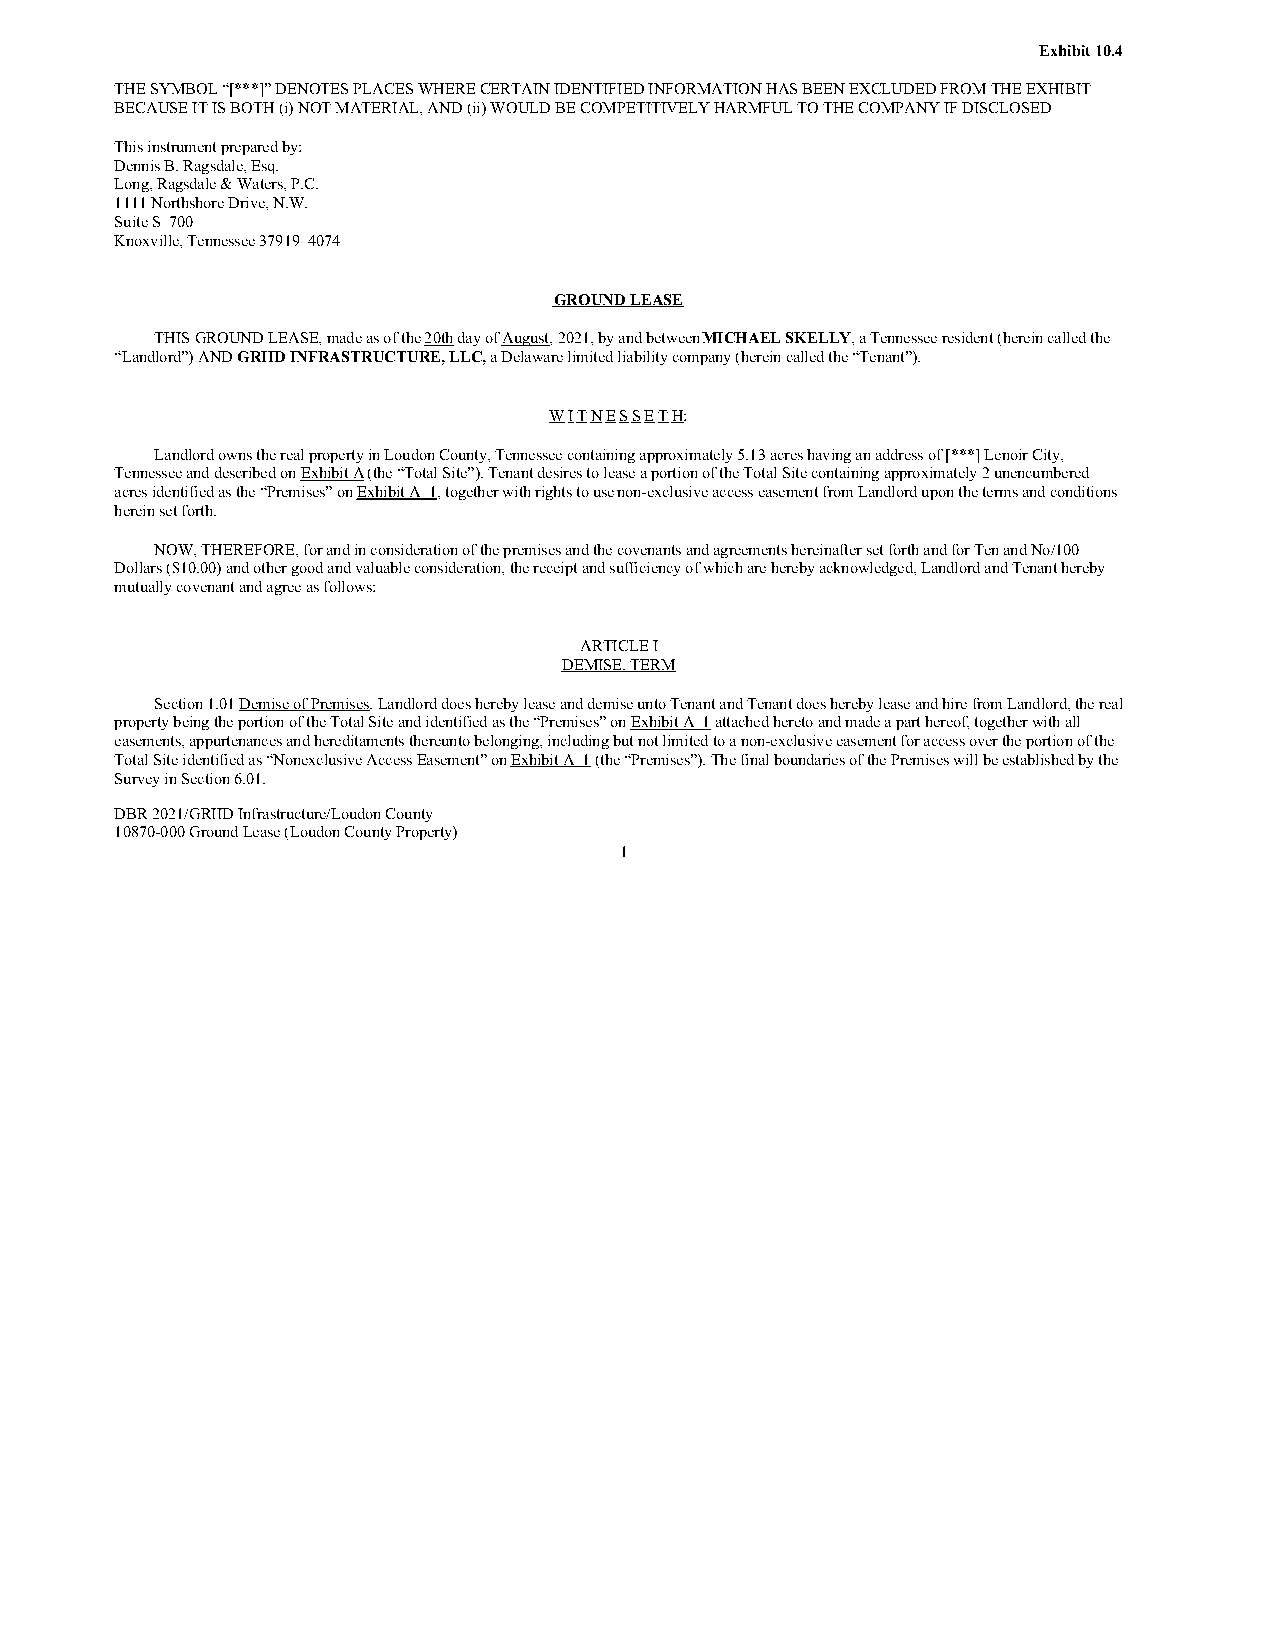
Exhibit 10.4
 THE SYMBOL “[***]” DENOTES PLACES WHERE CERTAIN IDENTIFIED INFORMATION HAS BEEN EXCLUDED FROM THE EXHIBIT
 BECAUSE IT IS BOTH (i) NOT MATERIAL, AND (ii) WOULD BE COMPETITIVELY HARMFUL TO THE COMPANY IF DISCLOSED
 This instrument prepared by:
 Dennis B. Ragsdale, Esq.
 Long, Ragsdale & Waters, P.C.
 1111 Northshore Drive, N.W.
 Suite S–700
 Knoxville, Tennessee 37919–4074
 GROUND LEASE
 THIS GROUND LEASE, made as of the 20th day of August, 2021, by and between MICHAEL SKELLY, a Tennessee resident (herein called the
 “Landlord”) AND GRIID INFRASTRUCTURE, LLC, a Delaware limited liability company (herein called the “Tenant”).
 W I T N E S S E T H:
 Landlord owns the real property in Loudon County, Tennessee containing approximately 5.13 acres having an address of [***] Lenoir City,
 Tennessee and described on Exhibit A (the “Total Site”). Tenant desires to lease a portion of the Total Site containing approximately 2 unencumbered
 acres identified as the “Premises” on Exhibit A–1, together with rights to use non-exclusive access easement from Landlord upon the terms and conditions
 herein set forth.
 NOW, THEREFORE, for and in consideration of the premises and the covenants and agreements hereinafter set forth and for Ten and No/100
 Dollars ($10.00) and other good and valuable consideration, the receipt and sufficiency of which are hereby acknowledged, Landlord and Tenant hereby
 mutually covenant and agree as follows:
 ARTICLE I
 DEMISE, TERM
 Section 1.01 Demise of Premises. Landlord does hereby lease and demise unto Tenant and Tenant does hereby lease and hire from Landlord, the real
 property being the portion of the Total Site and identified as the “Premises” on Exhibit A–1 attached hereto and made a part hereof, together with all
 easements, appurtenances and hereditaments thereunto belonging, including but not limited to a non-exclusive easement for access over the portion of the
 Total Site identified as “Nonexclusive Access Easement” on Exhibit A–1 (the “Premises”). The final boundaries of the Premises will be established by the
 Survey in Section 6.01.
 DBR 2021/GRIID Infrastructure/Loudon County
 10870-000 Ground Lease (Loudon County Property)
 1